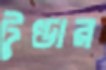
টুণ্ডার